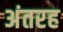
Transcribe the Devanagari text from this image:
अंतरह